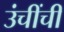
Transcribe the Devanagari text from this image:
उंचींची